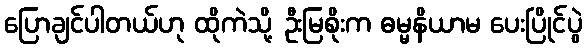
ပြောချင်ပါတယ်ဟု ထိုကဲသို့ ဦးမြစိုးက ဓမ္မနိယာမ ပေးပြိုင်ပွဲ